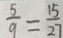
\frac { 5 } { 9 } = \frac { 1 5 } { 2 7 }